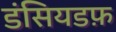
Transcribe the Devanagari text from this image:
डंसियडफ़